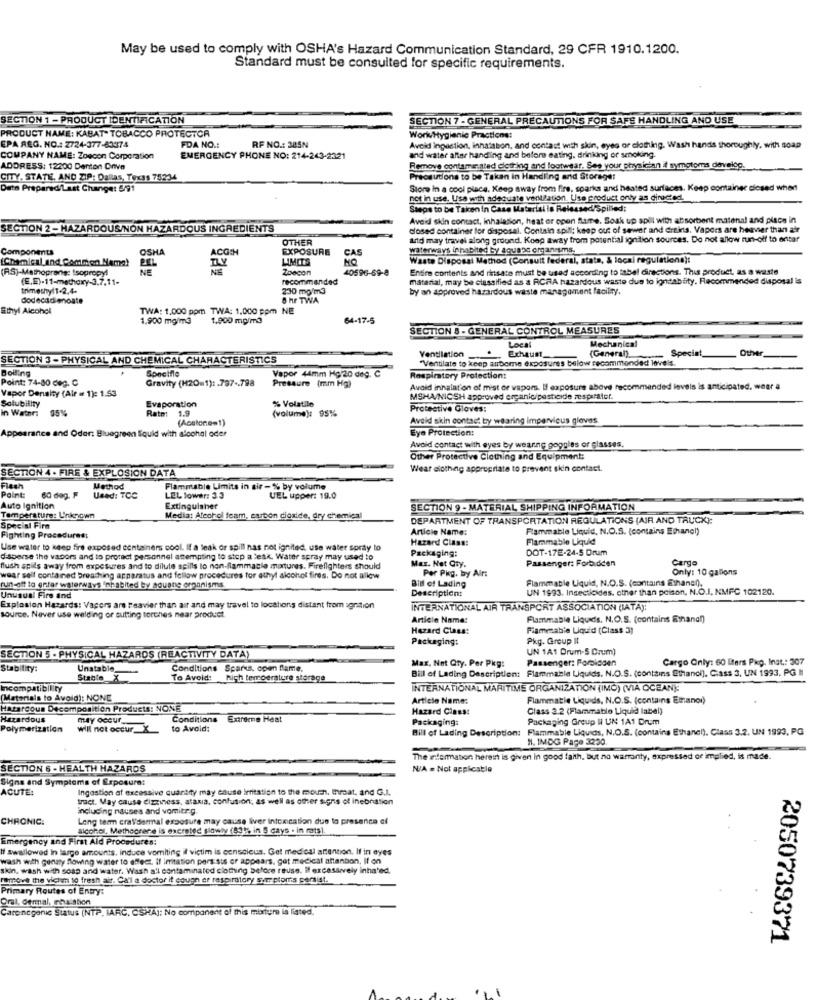
May be used to comply with OSHA's Hazard Communication Standard, 29 CFR 1910.1200.
Standard must be consulted for specific requirements.
SECTION 1 - PRODUCT IDENTIFICATION
SECTION 7 - GENERAL PRECAUTIONS FOR SAFS HANDLING AND USE
PRODUCT NAME: KABAT- TOBACCO PROTECTCA
WorkHygienic Practions:
EPA REG. NO .: 2724-377-83374
FDA NO .:
RF NO .: 385N
Avoid ingestion, inhatabon, and contact with skin, eyes or clothing. Wash hands thoroughly, with soap
COMPANY NAME: Zoecon Corporation
EMERGENCY PHONE NO: 214-243-2321
and water after handling and before eating. drinking or smoking.
ADDRESS: 12200 Denton Drive
Remove contamar.led dicting and footwear. See your physician if symptoms develgg.
CITY. STATI. AND ZIP: Dallas, Texas 74234
Precautions to be Taken in Handling and Storage:
Date Prepared/Last Change: 5/91
Store in a cool place. Keep away from fire, sparks and heated surfaces. Keep container closed when
not in use. Use with adequate vent/ation. Use product only as directed.
Steps to be Taken in Case Material is Released Spilled:
Aveid skin contact, inhalation, heat or open flame. Soak up spill with absorbent matenal and place in
SECTION 2 - HAZARDOUS/NON HAZARDOUS INGREDIENTS
closed container for disposal. Contain spill; keep out of sewer and ditins. Vapors are heavier than air
OTHER
artd may travel along ground. Koop away from potential ignition sources. Do not allow run-off to entar
Components
OSHA
ACOH
EXPOSURE
CAS
waterways inhabited by aquase organisms.
(Chemical and Common Mama!
PEL
LIMITS
MO
Waste Disposal Method (Consuit federal, state, & local regulations):
(RS)-Mathoprang: Isopropyl
NE
ILY
NE
Zoocon
40596-59-8
Entire contents and rinsate must be used according to tabel directions. This product, as a waste
(E.E)-11-methoxy-3,7,11-
recommended
material, may be classified as a RCRA hazardous waste due to igntablity. Recommended disposal is
trimethyl1-2.4.
230 mg/m3
by an approved hazardous waste management facility.
dodecadienoate
8 hr TWA
Ethyl Alcohol
TWA: 1.000 ppm TWA: 1.000 ppm NE
1,900 mg/m3
1.900 mg/m3
64-17-5
SECTION & - GENERAL CONTROL MEASURES
Local
Mechanical
Exhaust_
Speciat,
Other
SECTION 3 - PHYSICAL AND CHEMICAL CHARACTERISTICS
Ventilation
"Ventilate to keep aubere exposures below recommended lovels.
(General)
Bolling
Soncifle
Vapor 44mm Hg/20 deg. C
Point: 74-80 deg. C
Gravity (H2O=1) :. 797 -. 798
Pressure (mm Hg)
Respiratory Protection:
Vapor Density (Alr = 1): 1.53
Avoid innalat'on of mist or vapors. If exposure above recommended levels is anticipated, woer 4
Solubility
Evaporation
% Volatile
MSHA/NICSH approved organicipesticide zesparator.
in Water:
95%
Rato:
1.9
(volume): 95%
Protective Gloves:
(Acstorem1)
Aveld skin contact by wearing impervicus gloves.
Appearance and Oder: Bluegreen Squid with alcohol oder
Eye Protection:
Avoid contact with eyes by wearing goggles or glasses.
Other Protective Clothing and Equipment:
SECTION 4 . FIRE & EXPLOSION DATA
Wear diotheg appropriate to prevent skin contact.
Flash
Method
Flammable Limits in air-% by volume
Paint
60 deg. F
Used: TCC
LEL lower: 3.3
UEL upper: 19.0
Auto Ignition
Extinguisher
SECTION 9 - MATERIAL SHIPPING INFORMATION
Temperature: Unknown
Media: Alcohol foam, carbon dioxide, dry chemical
DEPARTMENT OF TRANSPORTATION REGULATIONS (AIR AND TRUCK):
Special Firm
Article Name:
Flammable Liquid, N.O.S. (contains Ethane!)
Fighting Procedures:
Hazard Class:
Flammable Liquid
Use water to keep fire exposed containers cool. If a leak or spill nas not ignited, use water spray to
Packaging:
DOT-17E-24-5 Drum
disperse the vapors and to protect personnel attempting to step a leak. Water spray may used to
Mar. Net Qty.
Passenger: Forbidden
Carga
flush spils away from exposures and to dilute spills to non-flammacle montures. Firefighters should
Per Pkg. by Air:
Only: 10 gallons
waar self contained breaching apparatus and fellow procedures for ethyl alcohol fires. Do not allow
Bill of Lading
Flammable Liquid, N.O.S. (contains Ethanol),
run-off to enter waterways Inhabited by souane organisms
Description:
UN 1993. Insecticides. other than poison, N.O.I. NMFC 102120.
Unusual Fire and
Explosion Hazards: Vagers are Feavier than air and may travel to locahons distant from ignition
INTERNATIONAL AIR TRANSPORT ASSOCIATION (IATA):
source. Never use welding or cutting torches near product.
Article Name:
Flammable Liquids, N.O.S. (contains Ethanol)
Hazard Class:
Flammable Liquid (Class 3)
Packaging:
Pkg. Group II
UN 1A1 Drum-S Crum)
SECTION 5 . PHYSICAL HAZARDS (REACTIVITY DATA)
Passenger: Forbidden
Cargo Only: 60 Iers Pkp. Inst .: 307
Stability:
Unstable
Conditions Sparks, open flame.
Max, Not Qty. Per Pkg:
Bill of Lading Description: Flammable Liquids. N.O.S. (contains Ethanol], Ciass 3, UN 1993. PG Il
Stable X
To Avoid:
Rich temperature storage
Incompatibility
INTERNATIONAL MARITIME ORGANIZATION (IMO) (VIA OCEAN]:
(Materials to Avoid): NONE
Article Name:
Flammatie Liquids, N.O.S. (contains Ethanol)
Hazardous Decomposition Products: NONE
Hazard Class:
Class 3.2 (Flammable Liquid label)
Hazardous
may occur_
Conditions
Extreme Heat
Packaging:
Packaging Group II UN 1A1 Drum
Polymerization
will not occur_X
to Avoid:
Bill of Lading Description: Flammable Liquids, N.O.S. (contains Ethanel). Class 3.2. UN 1993, PG
Bill of Lading Description:
H. IMDG Page 3230.
The niermation herein is given in good faith, but no warranty, expressed or implied, is made.
SECTION 6 - HEALTH HAZARDS
N/A = Not applicable
Signs and Symptoms of Exposure:
ACUTE:
Ingestion af excessive quartny may cause irritation to the mouth. throat. and G.I.
tract. May cause dizziness, ataxia, confusion, as well as other signs of inebristion
including nauses and vomitr.g.
CHRONIC.
Long term cral'dermal exposure may cause liver intoxication due to presence of
alcohol, Methocrere is excreted slowly (53); in 5 days . in rats).
Emergency and First Ald Procedures:
If Swallowed in large amounts. induce vomiting il victim is censeleus. Get medical attention. If in eyes
wash with genaty flowing water to effect, If imitation pers sus or appears, get medical attention, It on
skin. wash with soap and water. Wash a'l contaminated clothing before reuse. If excessively inha'ed.
remove the vichm 10 fresh air. Ca'l a doctor it cougn er respiratorysimplon's sersist.
Primary Routes of Entry:
Oral, dermal, mhalation
Carenegenuc Status (NTP. IARC, OSHA): No component of this mixture is listed!
2050739371